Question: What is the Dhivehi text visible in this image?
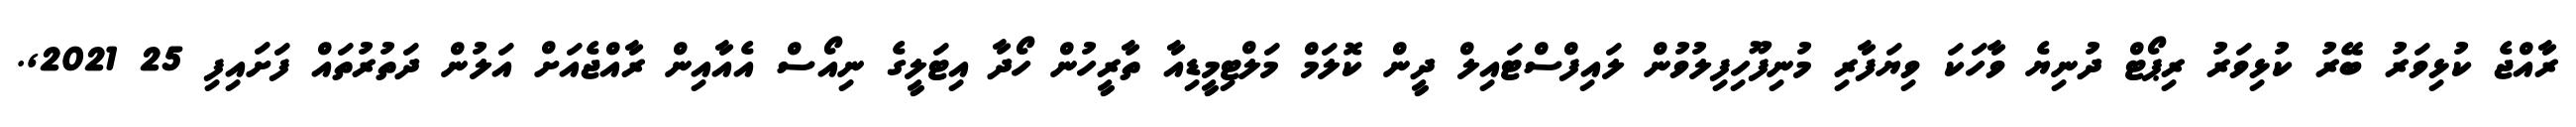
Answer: ރާއްޖެ ކުޅިވަރު ބޭރު ކުޅިވަރު ރިޕޯޓް ދުނިޔެ ވާހަކަ ވިޔަފާރި މުނިފޫހިފިލުވުން ލައިފްސްޓައިލް ދީން ކޮލަމް މަލްޓިމީޑިއާ ތާރީހުން ހޯދާ އިޓަލީގެ ނިއޯސް އެއާއިން ރާއްޖެއަށް އަލުން ދަތުރުތައް ފަށައިފި 25 2021,.